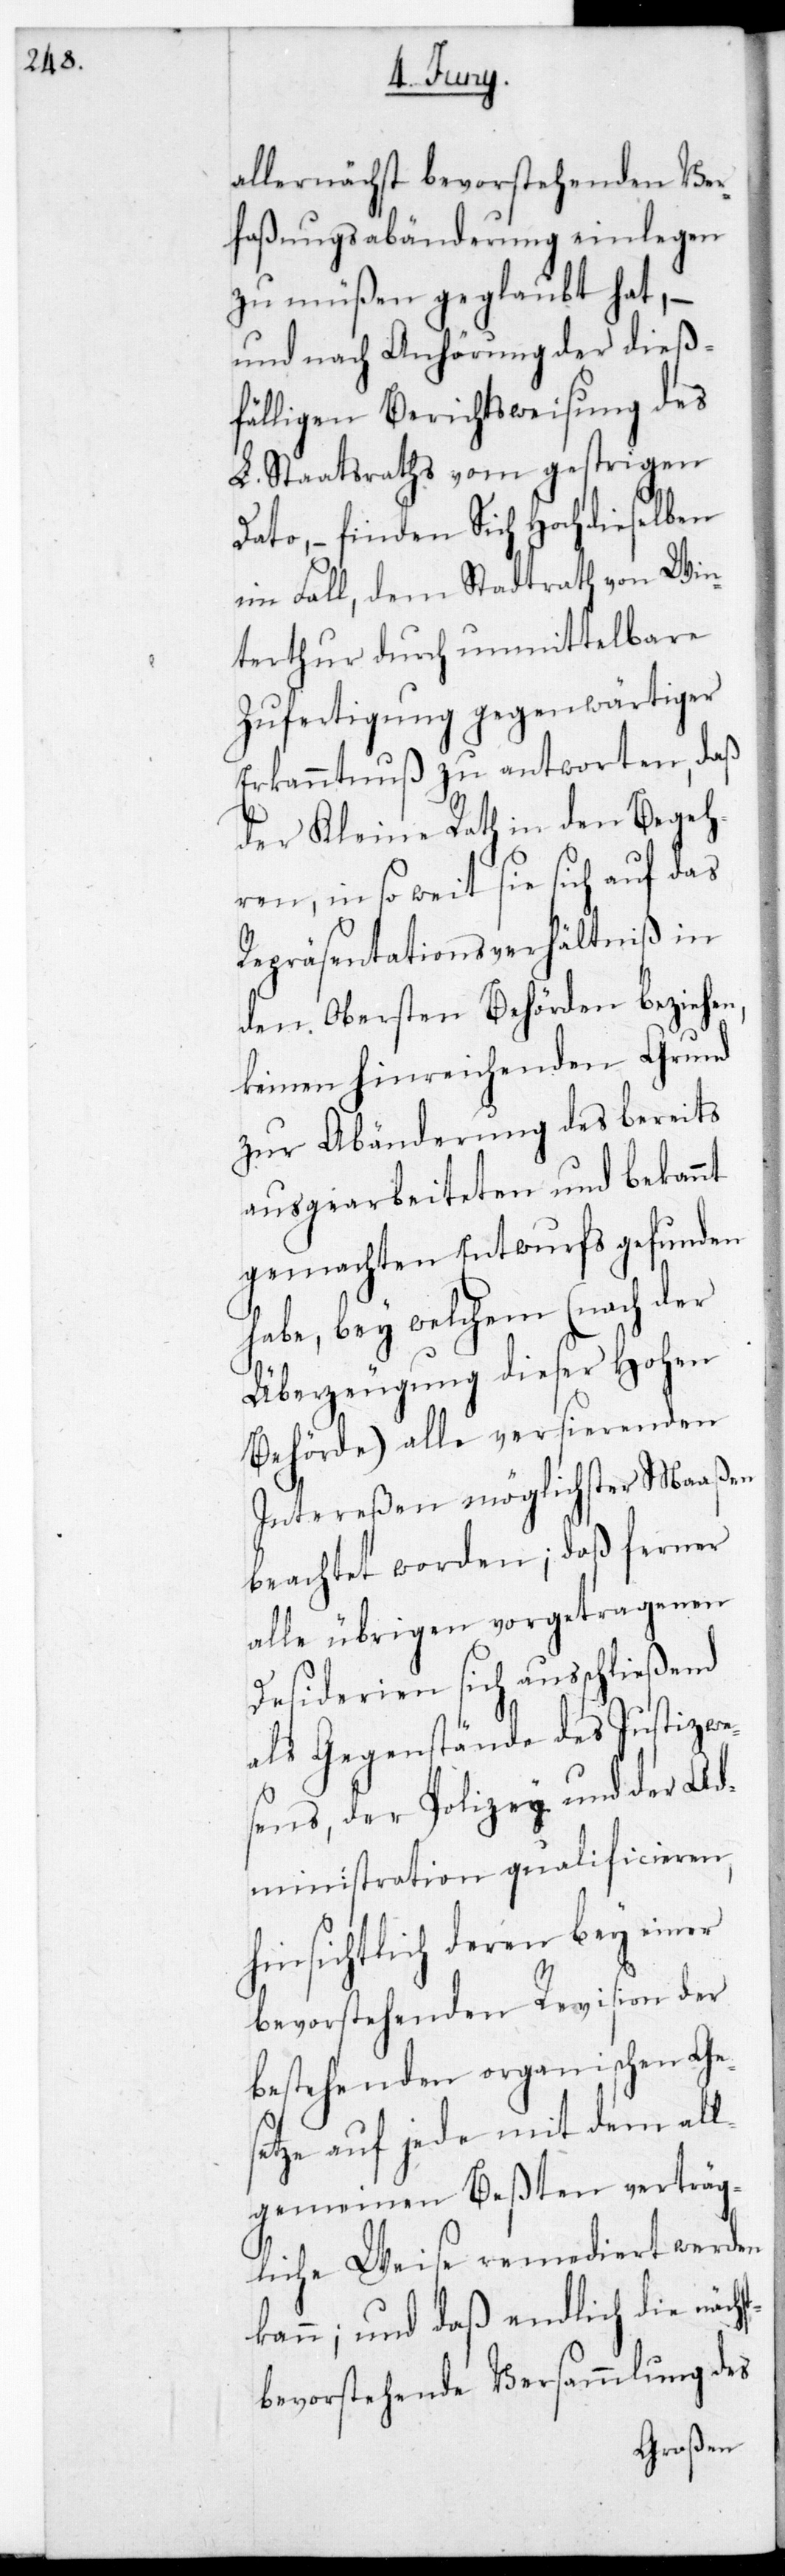
allernächst bevorstehenden Ver¬
faßungs-Abänderung einlegen
zu müßen geglaubt hat, –
und nach Anhörung der dieß¬
fälligen Berichtsweisung des
L. Staatsraths vom gestrigen
Dato, – finden sich hochdieselben
im Fall, dem Stadtrath von Win¬
terthur durch unmittelbare
Zufertigung gegenwärtiger
Erkanntnuß zu antworten, daß
der Kleine Rath in den Begeh¬
ren, in so weit sie sich auf das
Repräsentations-Verhältniß in
den obersten Behörden beziehen,
keinen hinreichenden Grund
zur Abänderung des bereits
ausgearbeiteten und bekannt
gemachten Entwurfs gefunden
habe, bey welchem (nach der
Überzeugung dieser Hohen
Behörde) alle versierenden
Intereßen möglichster Maaßen
beachtet worden; daß ferner
alle übrigen vorgetragenen
Desiderien sich ausschließend
als Gegenstände des Justizwe¬
sens, der Polizey und der Ad¬
ministration qualificieren,
hinsichtlich deren bey einer
bevorstehenden Revision der
bestehenden organischen Ge¬
setze auf jede mit dem all¬
gemeinen Beßten verträg¬
liche Weise remediert werden
kann; und daß endlich die nächst
bevorstehende Versammlung des